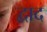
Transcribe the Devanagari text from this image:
द्वाद